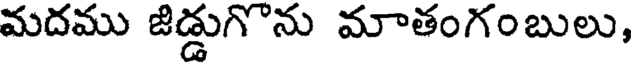
మదము జిడ్డుగొను మాతంగంబులు,